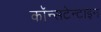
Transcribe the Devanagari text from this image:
कॉन्सटेन्टाइन